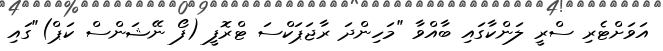
އަވަށްޓެރި ސްރީ ލަންކާގައި ބާއްވާ "މަހިންދަ ރާޖަޕަކްސަ ޓްރޮފީ (ފޯ ނޭޝަންސް ކަޕް)"ގައި